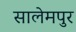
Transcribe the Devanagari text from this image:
सालेमपुर